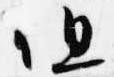
但